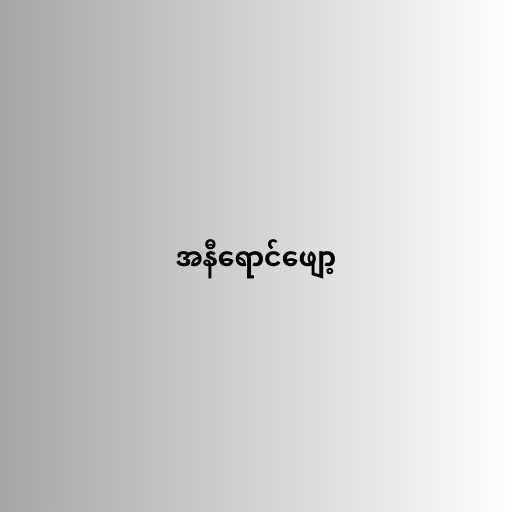
အနီရောင်ဖျော့